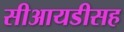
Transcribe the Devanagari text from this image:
सीआयडीसह